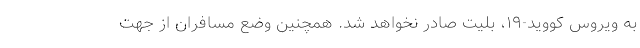
به ویروس کووید-۱۹، بلیت صادر نخواهد شد. همچنین وضع مسافران از جهت